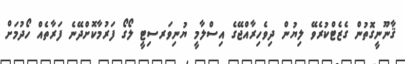
ޤާނޫނީގޮތުން ގެޒެޓްކުރެވޭ ލިޔުން ދިވެހިރާއްޖޭގެ އިސްލާމީ ޔުނިވަރސިޓީ ލޯގޯ ފަރުމާކޮށްދޭނެ ފަރާތެއް ހޯދުމަށް